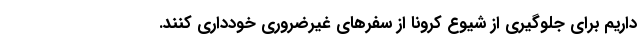
داریم برای جلوگیری از شیوع کرونا از سفرهای غیرضروری خودداری کنند.